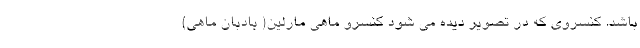
باشد. کنسروی که در تصویر دیده می شود کنسرو ماهی مارلین( بادبان ماهی)